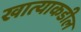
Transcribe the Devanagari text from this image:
खात्याकडील